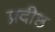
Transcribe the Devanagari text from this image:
प्रदीष्ठ